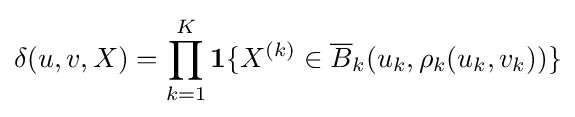
\delta (u,v,X)=\prod _{k=1}^{K}\mathbf {1} \{X^{(k)}\in {\overline {B}}_{k}(u_{k},\rho _{k}(u_{k},v_{k}))\}